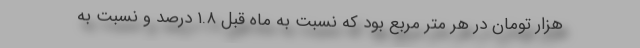
هزار تومان در هر متر مربع بود که نسبت به ماه قبل ۱.۸ درصد و نسبت به